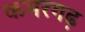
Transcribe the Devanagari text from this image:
कमरगढ़